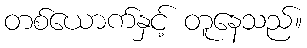
တစ်ယောက်နှင့် တူနေသည်။